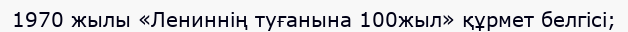
1970 жылы «Лениннің туғанына 100жыл» құрмет белгісі;